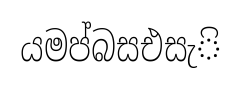
යමප්බසඑසැි